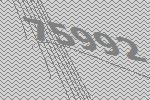
75992